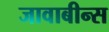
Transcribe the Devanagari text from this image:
जावाबीन्स